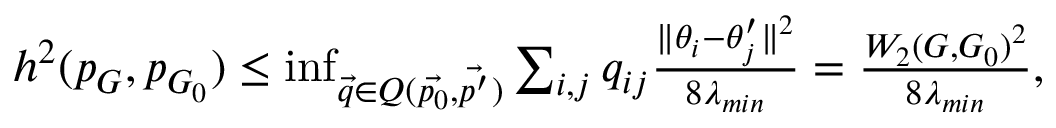
\begin{array} { r } { h ^ { 2 } ( p _ { G } , p _ { G _ { 0 } } ) \leq \operatorname* { i n f } _ { \vec { q } \in Q ( \vec { p _ { 0 } } , \vec { p ^ { \prime } } ) } \sum _ { i , j } q _ { i j } \frac { \| \theta _ { i } - \theta _ { j } ^ { \prime } \| ^ { 2 } } { 8 \lambda _ { m i n } } = \frac { W _ { 2 } ( G , G _ { 0 } ) ^ { 2 } } { 8 \lambda _ { m i n } } , } \end{array}